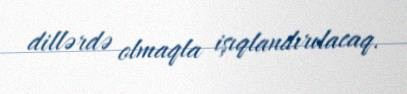
dillərdə olmaqla işıqlandırılacaq.